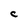
Character: c